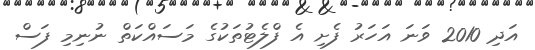
އަދި 2010 ވަނަ އަހަރު ފެށި އެ ފްލެޓުތަކުގެ މަސައްކަތް ނުނިމި ފަސް